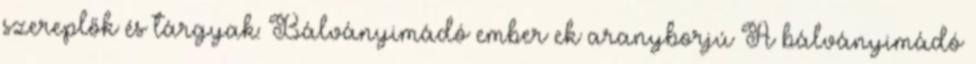
szereplők és tárgyak: Bálványimádó ember ek aranyborjú A bálványimádó